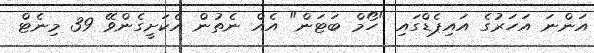
އަންނަ އަހަރުގެ އައިޕެޑްގައި "ހޯމް ބަޓަން" އެއް ނެތުން އެކަށީގެންވޭ 39 މިނެޓް